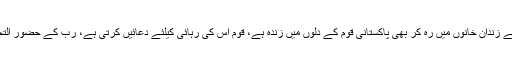
وہ تو امریکہ کے زندان خانوں میں رہ کر بھی پاکستانی قوم کے دلوں میں زندہ ہے، قوم اس کی رہائی کیلئے دُعائیں کرتی ہے، رب کے حضور التجائیں کرتی ہے۔